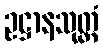
ဥဋ္ဌာနသုတ္တံ